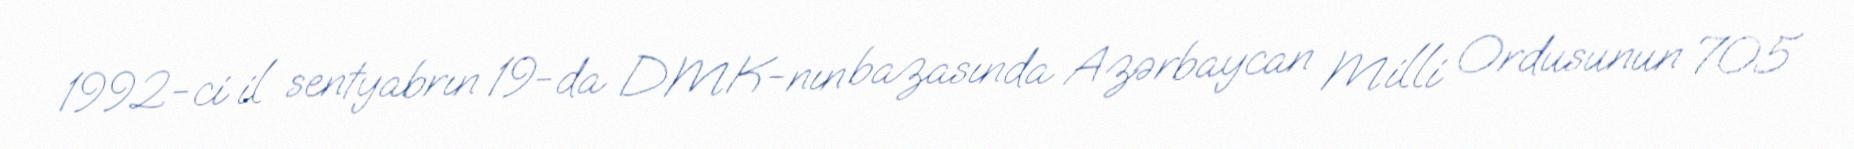
1992-ci il sentyabrın 19-da DMK-nın bazasında Azərbaycan Milli Ordusunun 705